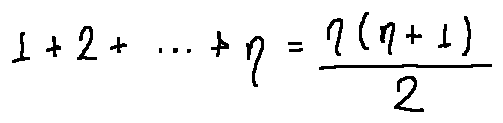
1 + 2 + \cdots + n = \frac { n ( n + 1 ) } { 2 }